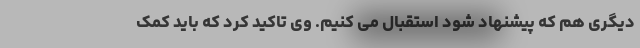
دیگری هم که پیشنهاد شود استقبال می کنیم. وی تاکید کرد که باید کمک